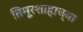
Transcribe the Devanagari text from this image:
तिमूरशाहाच्या